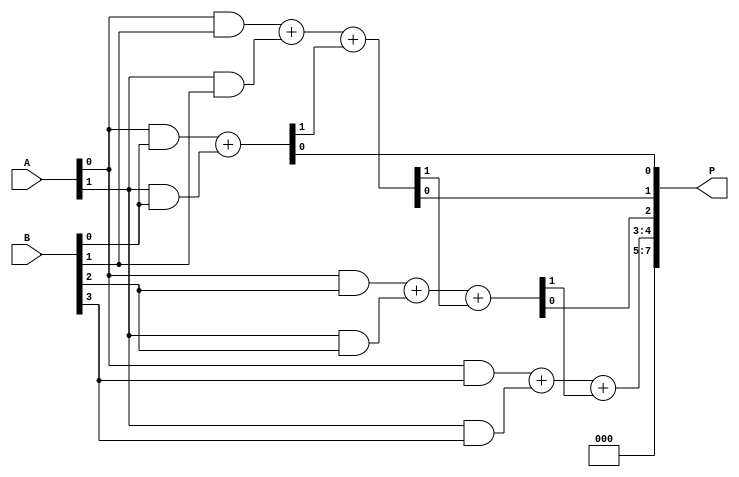
module DaddaMultiplier (
    input [3:0] A,  // First multiplicand
    input [3:0] B,  // Second multiplicand
    output reg [7:0] P // Product output
);

    // Partial product generation
    wire [3:0] pp[3:0]; // Partial products
    genvar i, j;
    
    generate
        for (i = 0; i < 4; i = i + 1) begin : pp_gen
            for (j = 0; j < 4; j = j + 1) begin : pp_gen_inner
                assign pp[i][j] = A[i] & B[j];
            end
        end
    endgenerate

    // Reduction tree
    wire [7:0] sum[2:0]; // Intermediate sums
    wire [7:0] carry[2:0]; // Intermediate carries

    // Stage 1: Combine partial products
    // Using half adders and full adders
    // First row of partial products
    assign sum[0][0] = pp[0][0];
    assign sum[0][1] = pp[0][1];
    assign sum[0][2] = pp[0][2];
    assign sum[0][3] = pp[0][3];
    
    assign carry[0][0] = 1'b0; // No carry for first row
    
    // Second row of partial products
    assign sum[0][4] = pp[1][0];
    assign sum[0][5] = pp[1][1];
    assign sum[0][6] = pp[1][2];
    assign sum[0][7] = pp[1][3];
    
    // Stage 2: Further reduction
    // Combine using full adders
    wire [7:0] temp_sum;
    wire [7:0] temp_carry;

    // Full adder logic for combining sums
    assign {temp_carry[0], temp_sum[0]} = sum[0][0] + sum[0][4];
    assign {temp_carry[1], temp_sum[1]} = sum[0][1] + sum[0][5] + temp_carry[0];
    assign {temp_carry[2], temp_sum[2]} = sum[0][2] + sum[0][6] + temp_carry[1];
    assign {temp_carry[3], temp_sum[3]} = sum[0][3] + sum[0][7] + temp_carry[2];

    // Final addition
    always @(*) begin
        P = {temp_carry[3], temp_sum[3], temp_sum[2], temp_sum[1], temp_sum[0]};
    end

endmodule